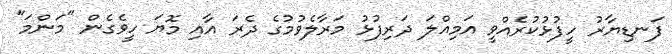
ފަނޑިޔާރު ހީފުޅުކުރެއްވީ އަމިއްލަ ދަރިފުޅު މަރާލެވުމުގެ ދެރަ އާއި މޮޔަ ހީވެގެން "މަންމަ"